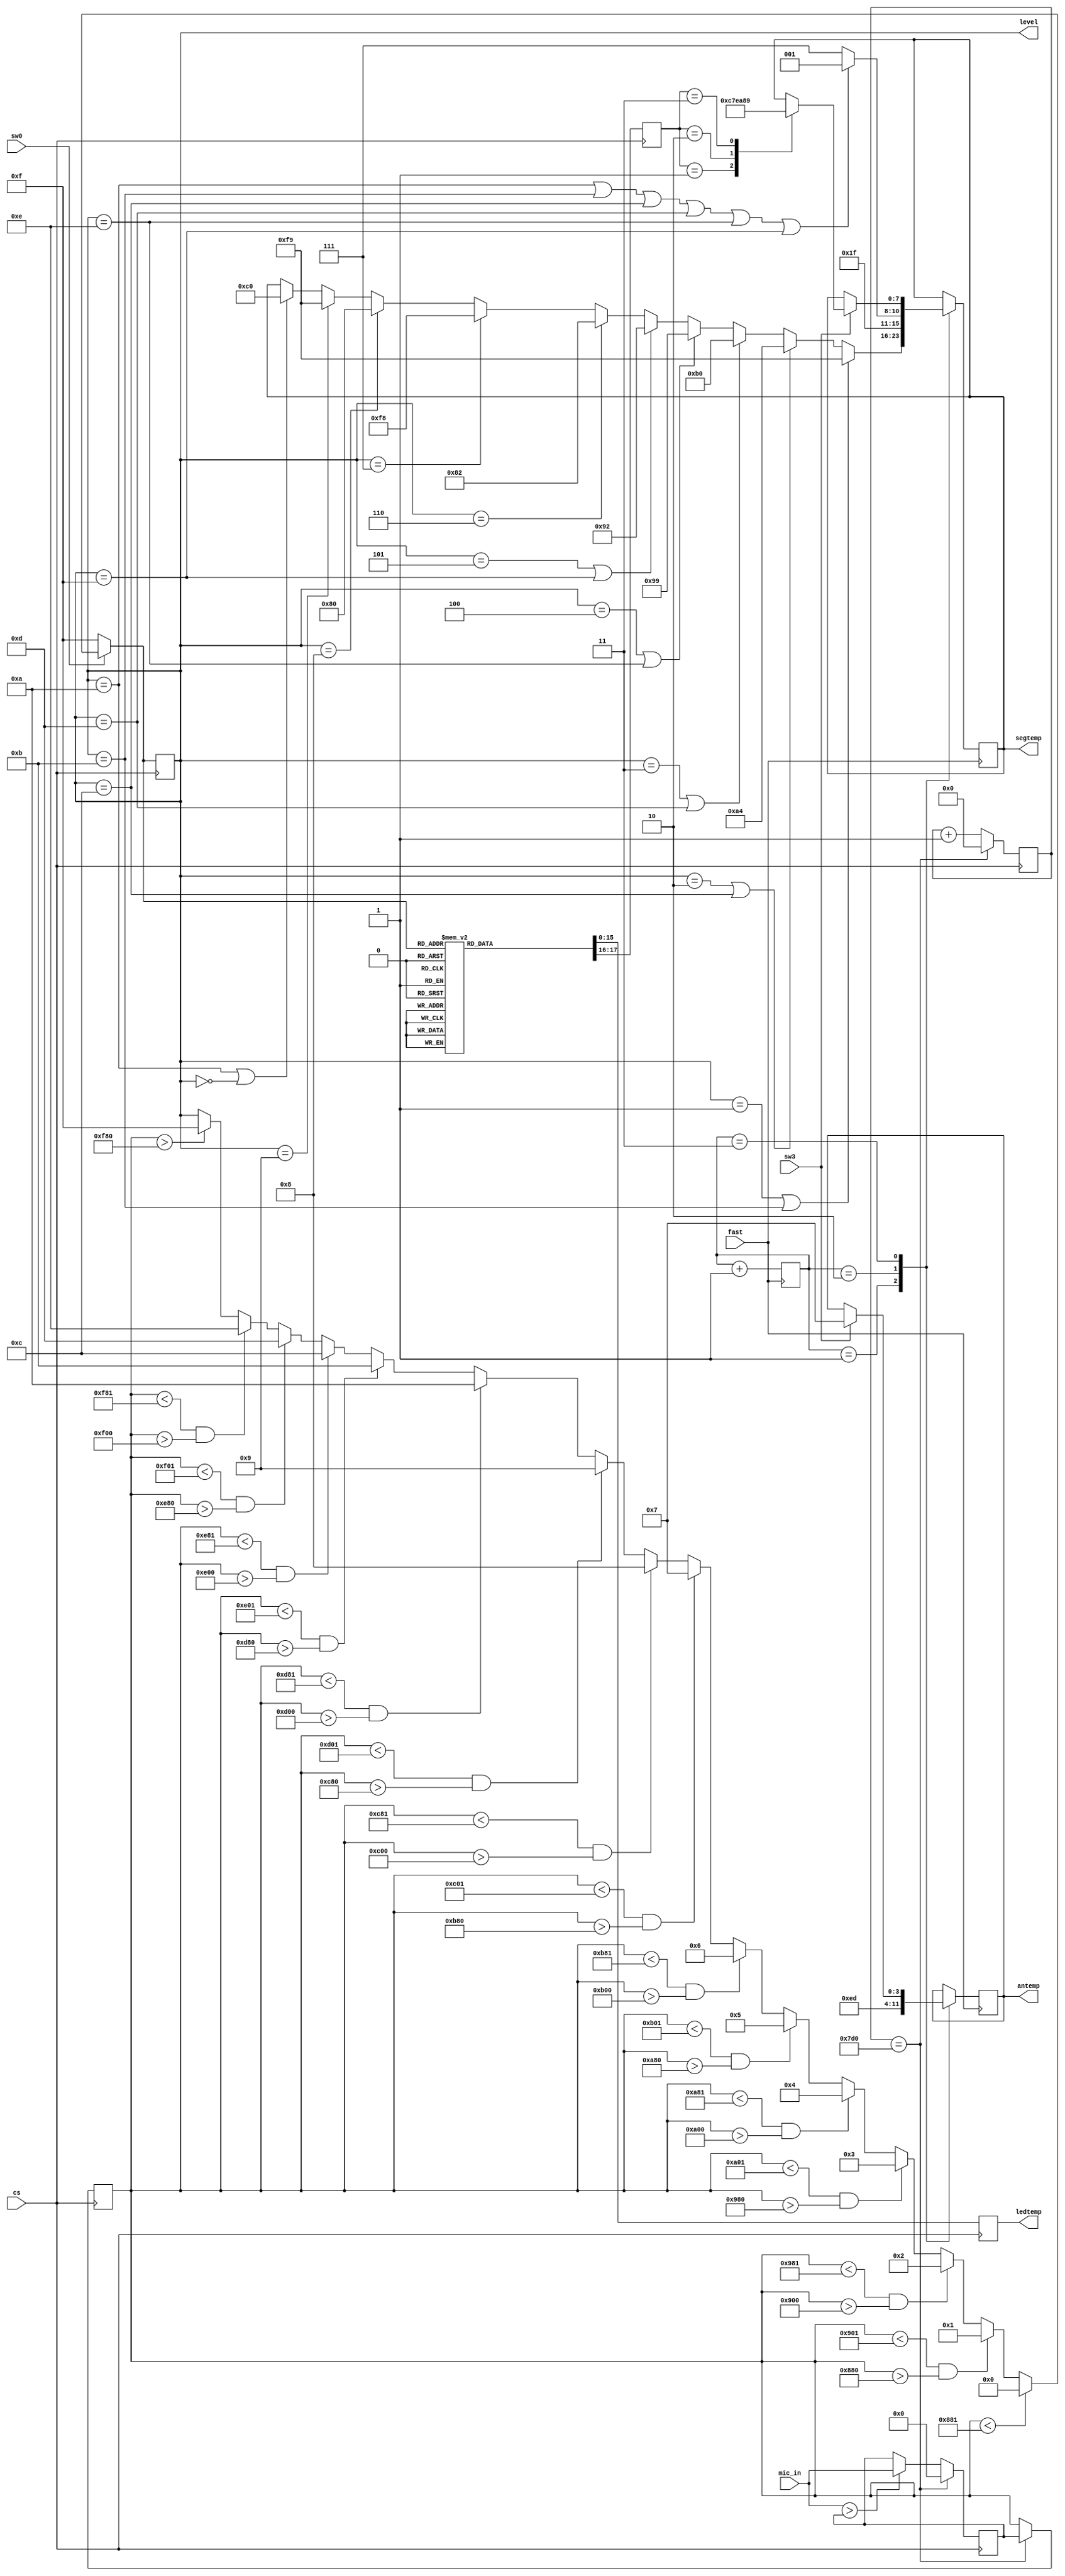
module volume_indicator (
    input [11:0]mic_in, 
    input cs,input fast, 
    input sw0,
    input sw3,
    output reg[15:0]ledtemp,
    output reg[3:0]antemp, 
    output reg[7:0]segtemp,
    output reg[3:0]level
    );
    
    reg [11:0]max= 12'b0;
    //reg [32:0] max = 32'd0;
    reg [10:0]count=11'd0;
    reg [11:0]max_led=12'b0;
    reg [1:0]sound_lev=2'b0;
    reg [1:0]fast_count= 2'b0;

    always @(posedge cs)begin
    
    if(mic_in>max)begin
        max<=mic_in;
    end
    
    
    //max = max + mic_in;
    count <= count+1;
    if(count==11'd2000)begin
        count<=11'd0;
        max_led <= max;
    //ledtemp=16'b1000_0000_0000_0000;
        max<=12'b0;
    end 
    
//    if (sw0 == 0) begin
//        level=4'd15;end
//    else if(max_led<12'd100)begin
//        level=4'd0;end
//    else if(max_led<12'd200 && max_led>12'd100)begin
//        level=4'd1;end
//    else if(max_led<12'd400 && max_led>12'd200)begin
//        level=4'd2;end
//    else if(max_led<12'd600 && max_led>12'd400)begin
//        level=4'd3;end
//    else if(max_led<12'd800 && max_led>12'd600)begin
//        level=4'd4;end
//    else if(max_led<12'd1000 && max_led>12'd800)begin
//        level=4'd5;end
//    else if(max_led<12'd1200 && max_led>12'd1000)begin
//        level=4'd6;end
//    else if(max_led<12'd1300 && max_led>12'd1200)begin
//        level=4'd7;end
//    else if(max_led<12'd1400 && max_led>12'd1300)begin
//        level=4'd8;end
//    else if(max_led<12'd2000 && max_led>12'd1400)begin
//        level=4'd9;end
//    else if(max_led<12'd2100 && max_led>12'd2000)begin
//        level=4'd10;end
//    else if(max_led<12'd2200 && max_led>12'd2100)begin
//        level=4'd11;end
//    else if(max_led<12'd2300 && max_led>12'd2200)begin
//        level=4'd12;end
//    else if(max_led<12'd2400 && max_led>12'd2300)begin
//        level=4'd13;end
//    else if(max_led<12'd2500 && max_led>12'd2400)begin
//        level=4'd14;end
//    else if(max_led>12'd2500)begin
//        level=4'd15;end
    if (sw0 == 0) begin
        level=4'd15;end
    else if(max_led<12'd2177)begin
        level=4'd0;end
    else if(max_led<12'd2305 && max_led>12'd2176)begin
        level=4'd1;end
    else if(max_led<12'd2433 && max_led>12'd2304)begin
        level=4'd2;end
    else if(max_led<12'd2561 && max_led>12'd2432)begin
        level=4'd3;end
    else if(max_led<12'd2689 && max_led>12'd2560)begin
        level=4'd4;end
    else if(max_led<12'd2817 && max_led>12'd2688)begin
        level=4'd5;end
    else if(max_led<12'd2945 && max_led>12'd2816)begin
        level=4'd6;end
    else if(max_led<12'd3073 && max_led>12'd2944)begin
        level=4'd7;end
    else if(max_led<12'd3201 && max_led>12'd3072)begin
        level=4'd8;end
    else if(max_led<12'd3329 && max_led>12'd3200)begin
        level=4'd9;end
    else if(max_led<12'd3457 && max_led>12'd3328)begin
        level=4'd10;end
    else if(max_led<12'd3585 && max_led>12'd3456)begin
        level=4'd11;end
    else if(max_led<12'd3713 && max_led>12'd3584)begin
        level=4'd12;end
    else if(max_led<12'd3841 && max_led>12'd3712)begin
        level=4'd13;end
    else if(max_led<12'd3969 && max_led>12'd3840)begin
        level=4'd14;end
    else if(max_led>12'd3968)begin
        level=4'd15;end

    case(level)
        4'd0:begin
            ledtemp=16'b0000_0000_0000_0001;
            sound_lev=2'b01;
        end
        4'd1:begin
            ledtemp=16'b0000_0000_0000_0011;
            sound_lev=2'b01;
        end
        4'd2:begin
            ledtemp=16'b0000_0000_0000_0111;
            sound_lev=2'b01;
        end
        4'd3:begin
            ledtemp=16'b0000_0000_0000_1111;
            sound_lev=2'b01;
        end
        4'd4:begin
            ledtemp=16'b0000_0000_0001_1111;
            sound_lev=2'b01;
        end
        4'd5:begin
            ledtemp=16'b0000_0000_0011_1111;
            sound_lev=2'b10;
        end
        4'd6:begin
            ledtemp=16'b0000_0000_0111_1111;
            sound_lev=2'b10;
        end
        4'd7:begin
            ledtemp=16'b0000_0000_1111_11111;
            sound_lev=2'b10;
        end
        4'd8:begin
            ledtemp=16'b0000_0001_1111_1111;
            sound_lev=2'b10;
        end
        4'd9:begin
            ledtemp=16'b0000_0011_1111_1111;
            sound_lev=2'b10;
        end
        4'd10:begin
            ledtemp=16'b0000_0111_1111_1111;
            sound_lev=2'b11;
        end
        4'd11:begin
            ledtemp=16'b0000_1111_1111_1111;
            sound_lev=2'b11;
        end
        4'd12:begin
            ledtemp=16'b0001_1111_1111_1111;
            sound_lev=2'b11;
        end
        4'd13:begin
            ledtemp=16'b0011_1111_1111_1111;
            sound_lev=2'b11;
        end
        4'd14:begin
            ledtemp=16'b0111_1111_1111_1111;
            sound_lev=2'b11;
        end
        4'd15:begin
            ledtemp=16'b1111_1111_1111_1111;
        sound_lev=2'b11;
        end

    endcase
    end
    always @(posedge fast)begin
        fast_count <= fast_count+1;
        case(fast_count)
        2'd1:begin
        antemp<=4'b1110;
        if(level==4'd1 || level==4'd11)begin
        segtemp<=8'b1111_1001;end
        else if(level==4'd2 || level==4'd12)begin
        segtemp<=8'b1010_0100;end
        else if(level==4'd3 || level==4'd13)begin
        segtemp<=8'b1011_0000;end
        else if(level==4'd4 || level==4'd14)begin
        segtemp<=8'b1001_1001;end
        else if(level==4'd5 || level==4'd15)begin
        segtemp<=8'b1001_0010;end
        else if(level==4'd6)begin
        segtemp<=8'b1000_0010;end
        else if(level==4'd7)begin
        segtemp<=8'b1111_1000;end
        else if(level==4'd8)begin
        segtemp<=8'b1000_0000;end
        else if(level==4'd9)begin
        segtemp<=8'b1111_1001;end
        else if(level==4'd10 || level==4'd0)begin
        segtemp<=8'b1100_0000;end
        end
        2'd2:begin
        antemp<=4'b1101;
        if(level==4'd10 || level==4'd11 || level==4'd12 || level==4'd13 || level==4'd14 || level==4'd15)begin
        segtemp<=8'b1111_1001;end
        else begin
        segtemp<=8'b11111111;end
        end
        2'd3:begin
        if (sw3 == 1) begin
        antemp<=4'b0111;
        case(sound_lev)
        2'b01:begin
        segtemp<=8'b1100_0111;end
        2'b10:begin
        segtemp<=8'b1110_1010;end
        2'b11:begin
        segtemp<=8'b1000_1001;end
        endcase
        end
    end
    endcase


end
endmodule